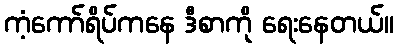
ကံ့ကော်ရိပ်ကနေ ဒီစာကို ရေးနေတယ်။